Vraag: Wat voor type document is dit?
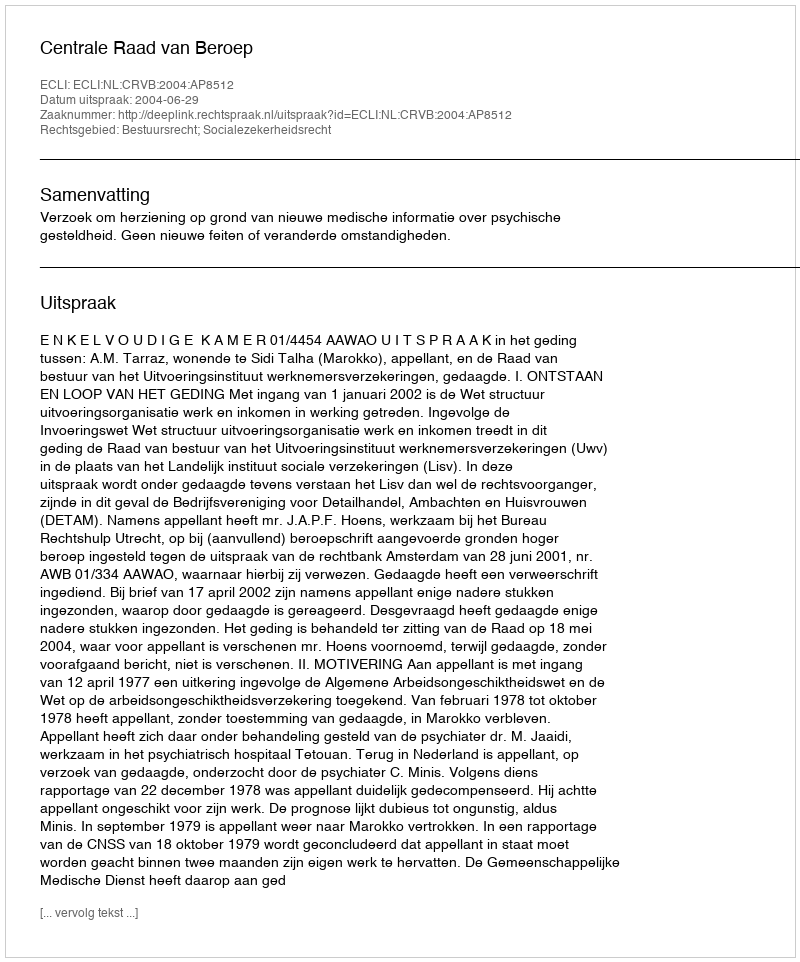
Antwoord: Uitspraak